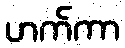
ဟက်ကာ